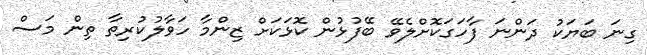
ގިނަ ބަޔަކު ދަންނަ ފާހަގަކޮށްލެވޭ ބޭފުޅުން ކޮޅަކަށް ޒިންމާ ހަވާލުކުރިތާ ތިން މަސް